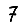
Digit: 7